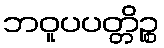
ဘဝူပပတ္တိဉ္စ